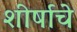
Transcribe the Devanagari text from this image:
शीर्षाचे